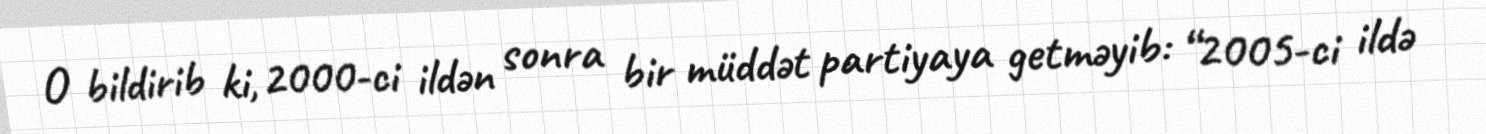
O bildirib ki, 2000-ci ildən sonra bir müddət partiyaya getməyib: “2005-ci ildə